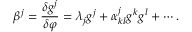
{ \beta ^ { j } } = { \frac { \delta { g ^ { j } } } { \delta \varphi } } = { \lambda _ { j } } { g ^ { j } } + { \alpha _ { k l } ^ { j } } { g ^ { k } } { g ^ { l } } + \cdots .